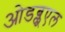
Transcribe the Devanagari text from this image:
ओडब्लूएल